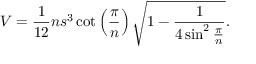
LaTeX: V = { \frac { 1 } { 1 2 } } n s ^ { 3 } \cot \left( { \frac { \pi } { n } } \right) { \sqrt { 1 - { \frac { 1 } { 4 \sin ^ { 2 } { \frac { \pi } { n } } } } } } .